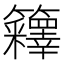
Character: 𰪤